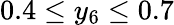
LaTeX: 0.4\leq y_{6}\leq 0.7